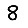
Digit: 8